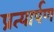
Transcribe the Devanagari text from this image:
प्रत्‍यार्पण